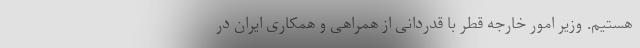
هستیم. وزیر امور خارجه قطر با قدردانی از همراهی و همکاری ایران در